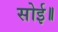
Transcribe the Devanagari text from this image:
सोई॥